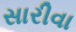
સારીવા